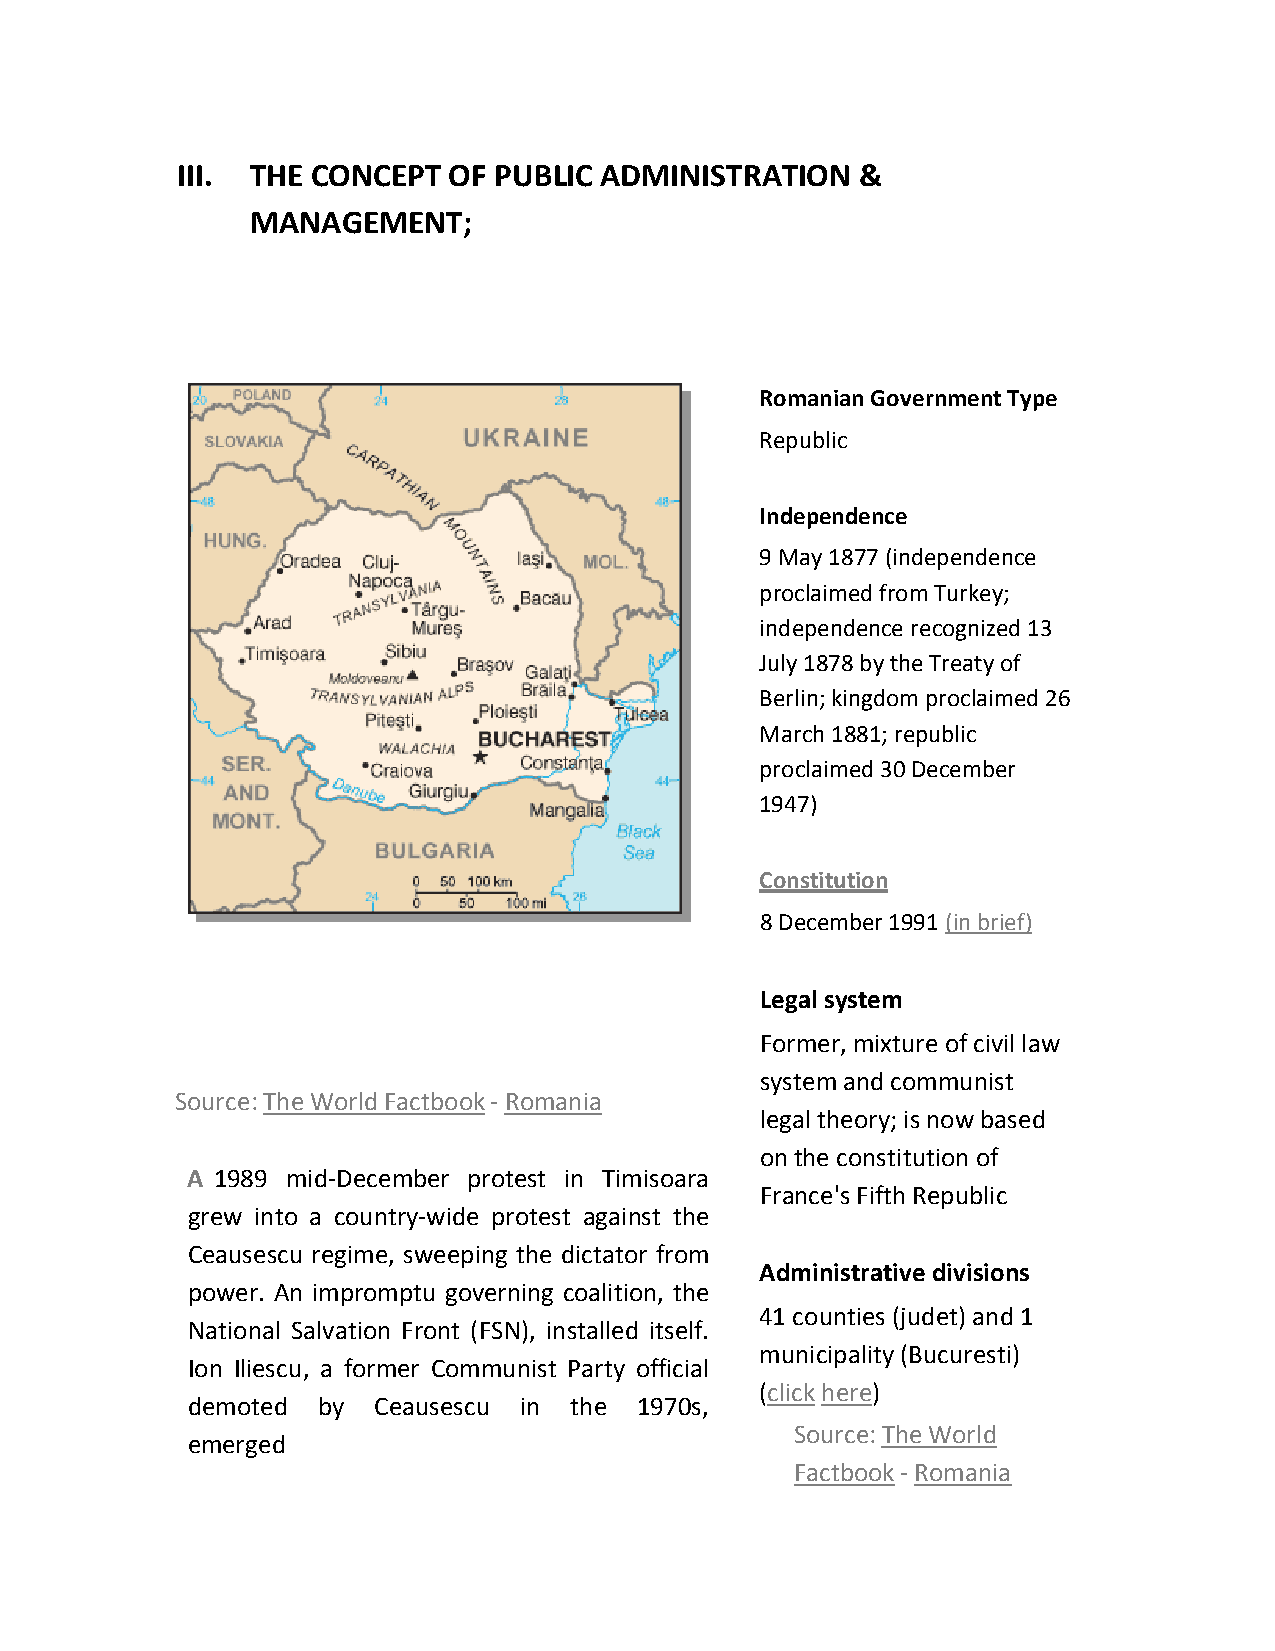
III. THE CONCEPT  OF PUBLIC ADMINISTRATION   &
 MANAGEMENT;
 Romanian Government Type
 Republic
 Independence
 9 May 1877 (independence
 proclaimed from Turkey;
 independence recognized 13
 July 1878 by the Treaty of
 Berlin; kingdom proclaimed 26
 March 1881; republic
 proclaimed 30 December
 1947)
 Constitution
 8 December 1991 (in brief)
 Legal system
 Former, mixture of civil law
 system and communist
 Source: The World Factbook - Romania
 legal theory; is now based
 on the constitution of
 A 1989 mid-December protest in Timisoara
 France's Fifth Republic
 grew into a country-wide protest against the
 Ceausescu regime, sweeping the dictator from
 Administrative divisions
 power. An impromptu governing coalition, the
 41 counties (judet) and 1
 National Salvation Front (FSN), installed itself.
 municipality (Bucuresti)
 Ion Iliescu, a former Communist Party official
 (click here)
 demoted  by  Ceausescu in the 1970s,
 Source: The World
 emerged
 Factbook - Romania